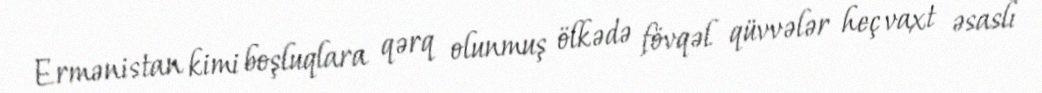
Ermənistan kimi boşluqlara qərq olunmuş ölkədə fövqəl qüvvələr heç vaxt əsaslı